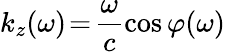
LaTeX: k_{z}(\omega)\! =\! \frac{\omega}{c}\cos{\varphi(\omega)}